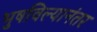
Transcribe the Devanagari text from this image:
भुषविल्यानंतर